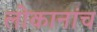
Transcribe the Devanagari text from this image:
लोकानांच